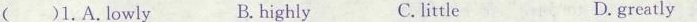
( )1.A.Lowly B. highly C. little D.greatly